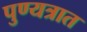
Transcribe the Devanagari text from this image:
पुण्यत्रात